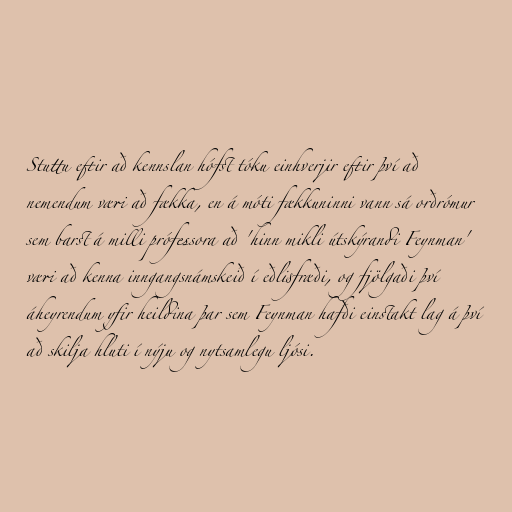
Stuttu eftir að kennslan hófst tóku einhverjir eftir því að
nemendum væri að fækka, en á móti fækkuninni vann sá orðrómur
sem barst á milli prófessora að 'hinn mikli útskýrandi Feynman'
væri að kenna inngangsnámskeið í eðlisfræði, og fjölgaði því
áheyrendum yfir heildina þar sem Feynman hafði einstakt lag á því
að skilja hluti í nýju og nytsamlegu ljósi.